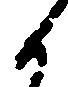
候